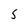
Character: 5